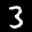
Label: 3